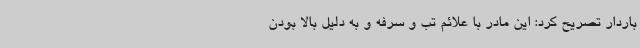
باردار تصریح کرد: این مادر با علائم تب و سرفه و به دلیل بالا بودن